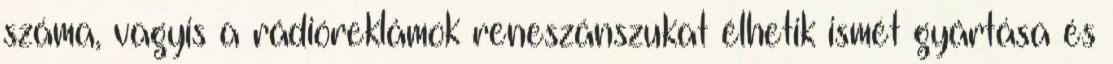
száma, vagyis a rádióreklámok reneszánszukat élhetik ismét gyártása és